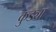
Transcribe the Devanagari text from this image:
कुड्या